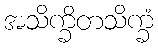
အသိက္ခိတသိက္ခံ